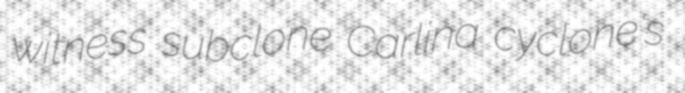
witness subclone Carlina cyclone's